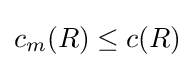
c_{m}(R)\leq c(R)